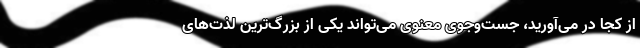
از کجا در می‌آورید، جست‌وجوی معنوی می‌تواند یکی از بزرگ‌ترین لذت‌های